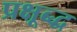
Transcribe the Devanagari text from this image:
प्रक्षूब्द्ध